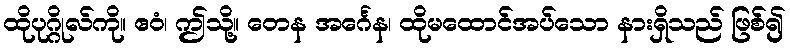
ထိုပုဂ္ဂိုလ်ကို။ ဧဝံ၊ ဤသို့။ တေန အင်္ဂေန၊ ထိုမထောင်အပ်သော နားရှိသည် ဖြစ်၍